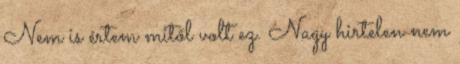
Nem is értem mitől volt ez. Nagy hirtelen nem